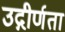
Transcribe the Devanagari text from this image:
उद्गीर्णता